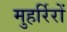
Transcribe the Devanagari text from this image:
मुहर्रिरों